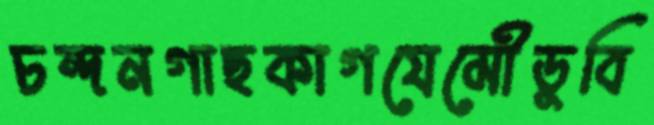
চন্দনগাছকাগযেমৌডুবি